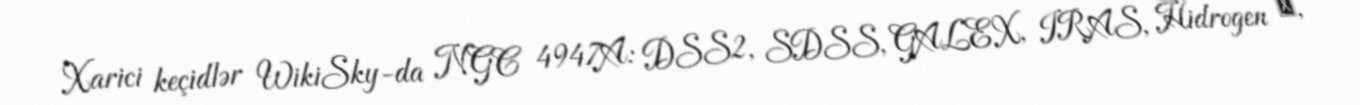
Xarici keçidlər WikiSky-da NGC 4947A: DSS2, SDSS, GALEX, IRAS, Hidrogen α,